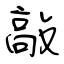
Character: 敲